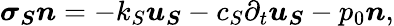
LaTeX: \boldsymbol{\sigma_{S}n}=-k_{S}\boldsymbol{u_{S}}-c_{S}\partial_{t}\boldsymbol{u_{S}}-p_{0}\boldsymbol{n},